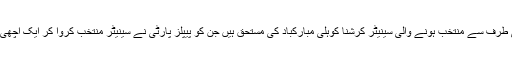
پیپلز پارٹی کی طرف سے منتخب ہونے والی سینیٹر کرشنا کوہلی مبارکباد کی مستحق ہیں جن کو پیپلز پارٹی نے سینیٹر منتخب کروا کر ایک اچھی مثال قائم کی ۔